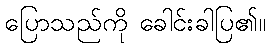
ပြောသည်ကို ခေါင်းခါပြ၏။